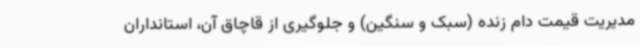
مدیریت قیمت دام زنده (سبک و سنگین) و جلوگیری از قاچاق آن، استانداران